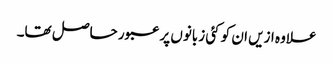
علاوہ ازیں ان کو کئی زبانوں پر عبور حاصل تھا۔